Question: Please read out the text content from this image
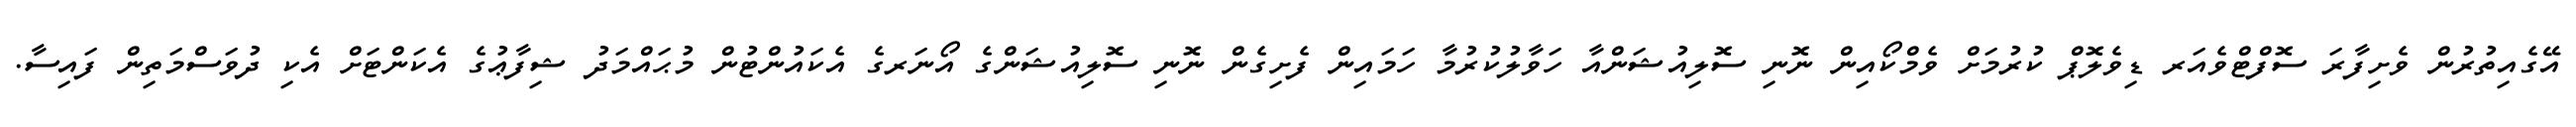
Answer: އޭގެއިތުރުން ވެށިފާރަ ސޮފްޓްވެއަރ ޑިވެލޮޕް ކުރުމަށް ވެމްކޯއިން ނޮނި ސޮލިއުޝަންއާ ހަވާލުކުރުމާ ހަމައިން ފެށިގެން ނޮނި ސޮލިއުޝަންގެ އޯނަރގެ އެކައުންޓުން މުޙައްމަދު ޝިފާޢުގެ އެކަންޓަށް އެކި ދުވަސްމަތިން ފައިސާ.